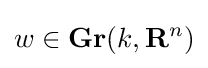
w\in \mathbf {Gr} (k,\mathbf {R} ^{n})